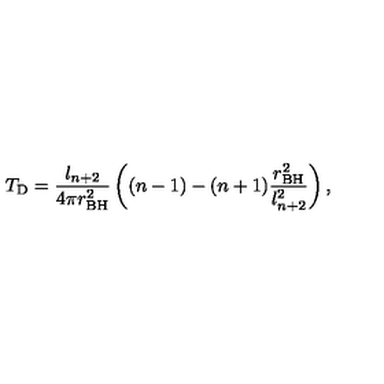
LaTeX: T _ { \mathrm { D } } = \frac { l _ { n + 2 } } { 4 \pi r _ { \mathrm { B H } } ^ { 2 } } \left( ( n - 1 ) - ( n + 1 ) \frac { r _ { \mathrm { B H } } ^ { 2 } } { l _ { n + 2 } ^ { 2 } } \right) ,